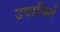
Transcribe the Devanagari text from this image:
उपाजिर्त